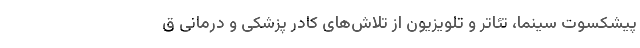
پیشکسوت سینما، تئاتر و تلویزیون از تلاش‌های کادر پزشکی و درمانی ق